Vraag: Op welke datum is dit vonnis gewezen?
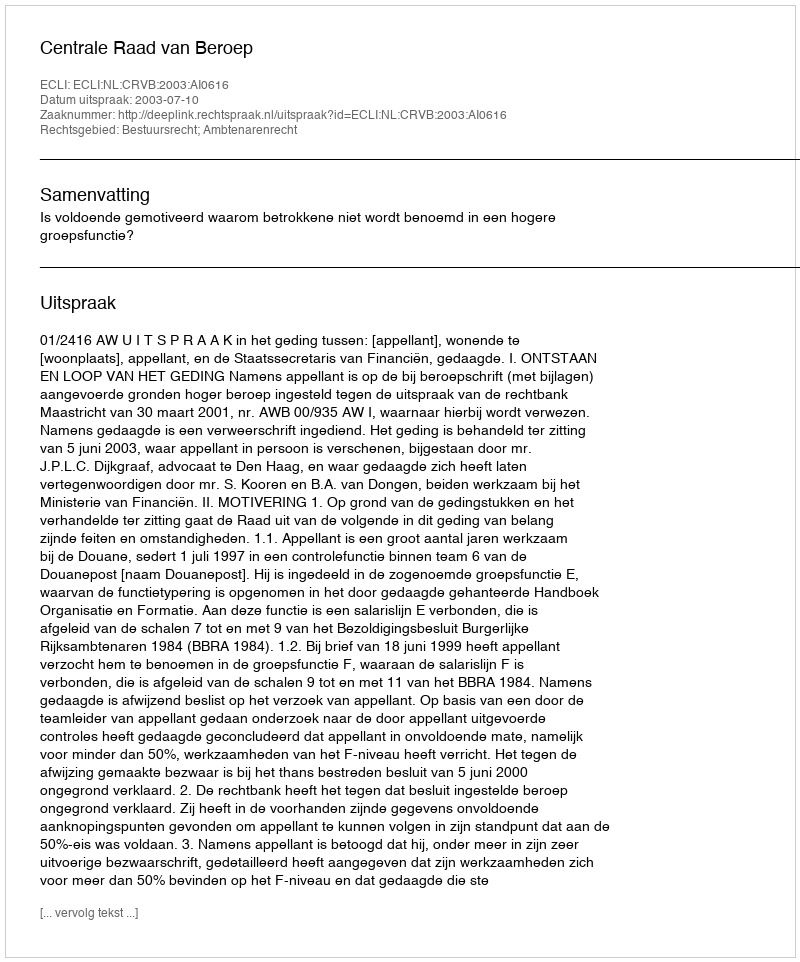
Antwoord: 2003-07-10